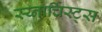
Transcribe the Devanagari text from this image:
स्य्नार्चिस्ट्स